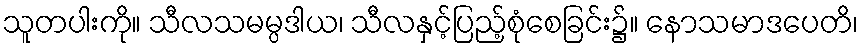
သူတပါးကို။ သီလသမမ္ပဒါယ၊ သီလနှင့်ပြည့်စုံစေခြင်း၌။ နောသမာဒပေတိ၊